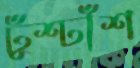
ঢুঁশ্ঢাঁশ